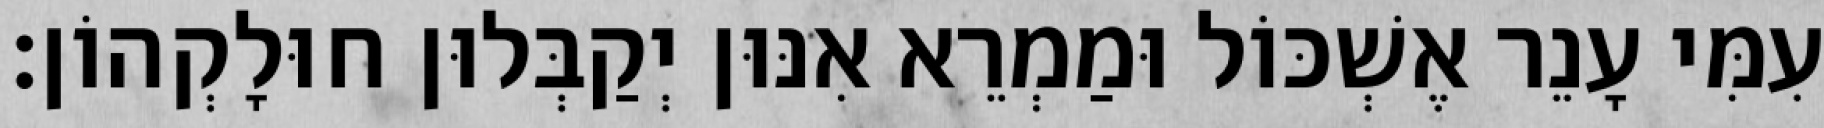
עִמִּי עָנֵר אֶשְׁכּוֹל וּמַמְרֵא אִנּוּן יְקַבְּלוּן חוּלָקְהוֹן׃